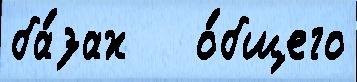
ба́зах   о́бщего